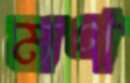
মণ